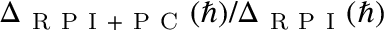
\Delta _ { \mathrm { ~ R ~ P ~ I ~ + ~ P ~ C ~ } } ( \hbar ) / \Delta _ { \mathrm { ~ R ~ P ~ I ~ } } ( \hbar )